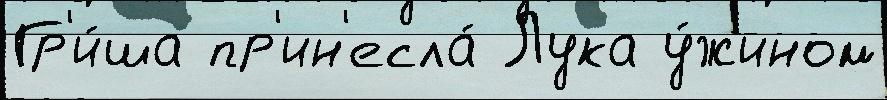
Гр'и́ша пр'ин'есла́ Лука у́жином